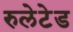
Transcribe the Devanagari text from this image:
रुलेटेड